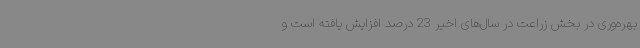
بهره‌وری در بخش زراعت در سال‌های اخیر 23 درصد افزایش‌ یافته است و